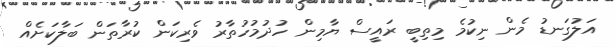
އަލުގަނޑު މެން ނިކުމެ މިތިބީ ރައީސް ޔާމިން ހުދުމުހުތާރު ވެރިކަން ކުރާތަން ބަލާކަށެއް